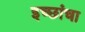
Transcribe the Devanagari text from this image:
इच्छांचा